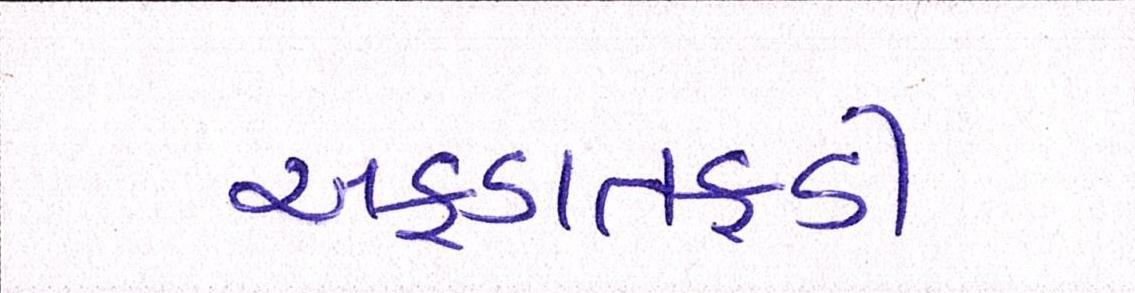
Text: અફડાતફડી